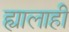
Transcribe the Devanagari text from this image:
ह्यालाही